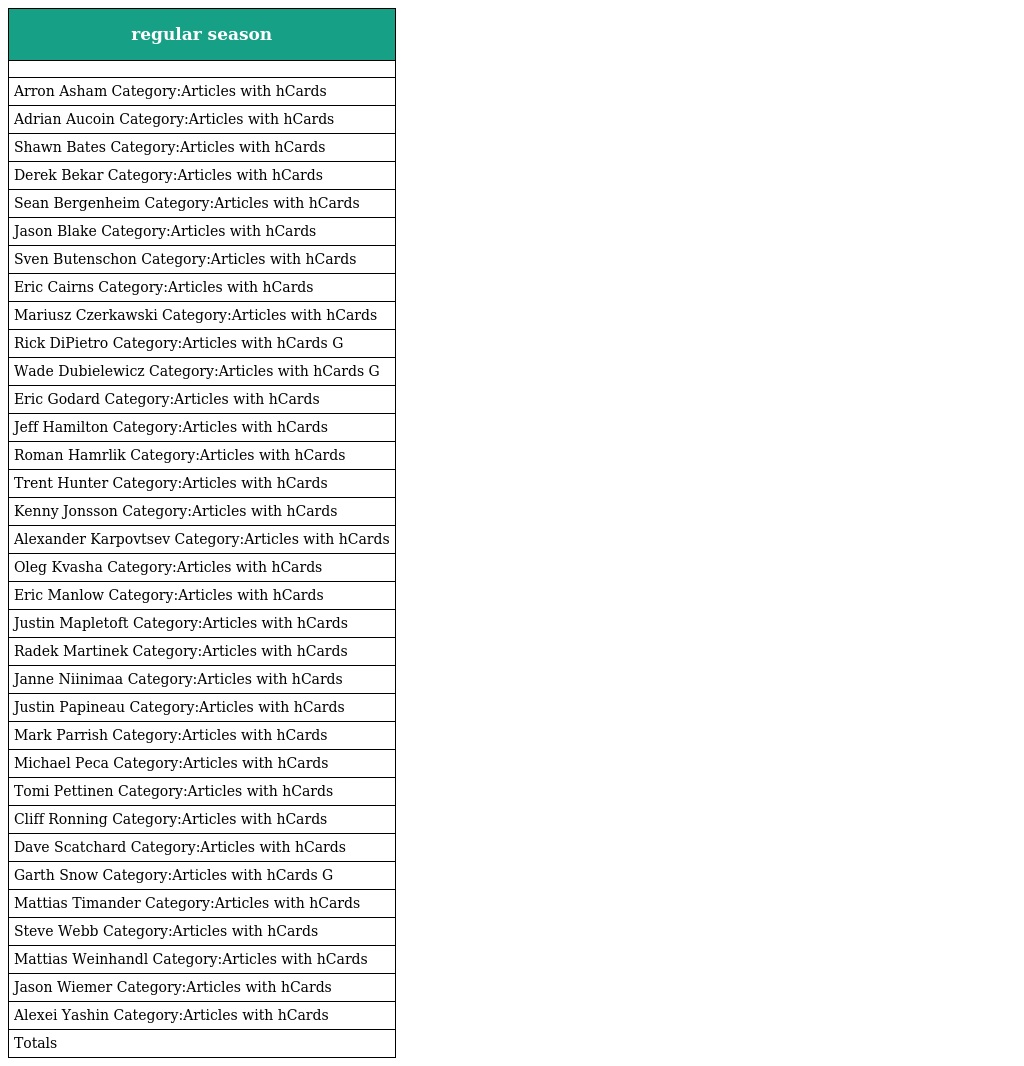
| regular season |
 | --- |
 |  |
 | Arron Asham Category:Articles with hCards |
 | Adrian Aucoin Category:Articles with hCards |
 | Shawn Bates Category:Articles with hCards |
 | Derek Bekar Category:Articles with hCards |
 | Sean Bergenheim Category:Articles with hCards |
 | Jason Blake Category:Articles with hCards |
 | Sven Butenschon Category:Articles with hCards |
 | Eric Cairns Category:Articles with hCards |
 | Mariusz Czerkawski Category:Articles with hCards |
 | Rick DiPietro Category:Articles with hCards G |
 | Wade Dubielewicz Category:Articles with hCards G |
 | Eric Godard Category:Articles with hCards |
 | Jeff Hamilton Category:Articles with hCards |
 | Roman Hamrlik Category:Articles with hCards |
 | Trent Hunter Category:Articles with hCards |
 | Kenny Jonsson Category:Articles with hCards |
 | Alexander Karpovtsev Category:Articles with hCards |
 | Oleg Kvasha Category:Articles with hCards |
 | Eric Manlow Category:Articles with hCards |
 | Justin Mapletoft Category:Articles with hCards |
 | Radek Martinek Category:Articles with hCards |
 | Janne Niinimaa Category:Articles with hCards |
 | Justin Papineau Category:Articles with hCards |
 | Mark Parrish Category:Articles with hCards |
 | Michael Peca Category:Articles with hCards |
 | Tomi Pettinen Category:Articles with hCards |
 | Cliff Ronning Category:Articles with hCards |
 | Dave Scatchard Category:Articles with hCards |
 | Garth Snow Category:Articles with hCards G |
 | Mattias Timander Category:Articles with hCards |
 | Steve Webb Category:Articles with hCards |
 | Mattias Weinhandl Category:Articles with hCards |
 | Jason Wiemer Category:Articles with hCards |
 | Alexei Yashin Category:Articles with hCards |
 | Totals |